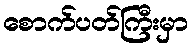
စောက်ပတ်ကြီးမှာ